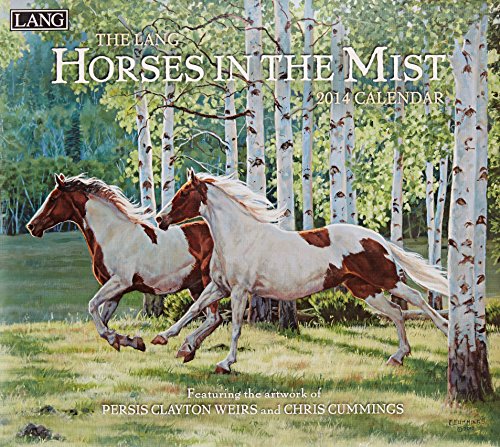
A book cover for The Lang Horses in the Mist 2014 Calendar; Calendars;